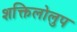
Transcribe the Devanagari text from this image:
शक्तिलोलुप